Vaccination North-Western Provinces 1866-1877 - 1866-1877
Year: 1866
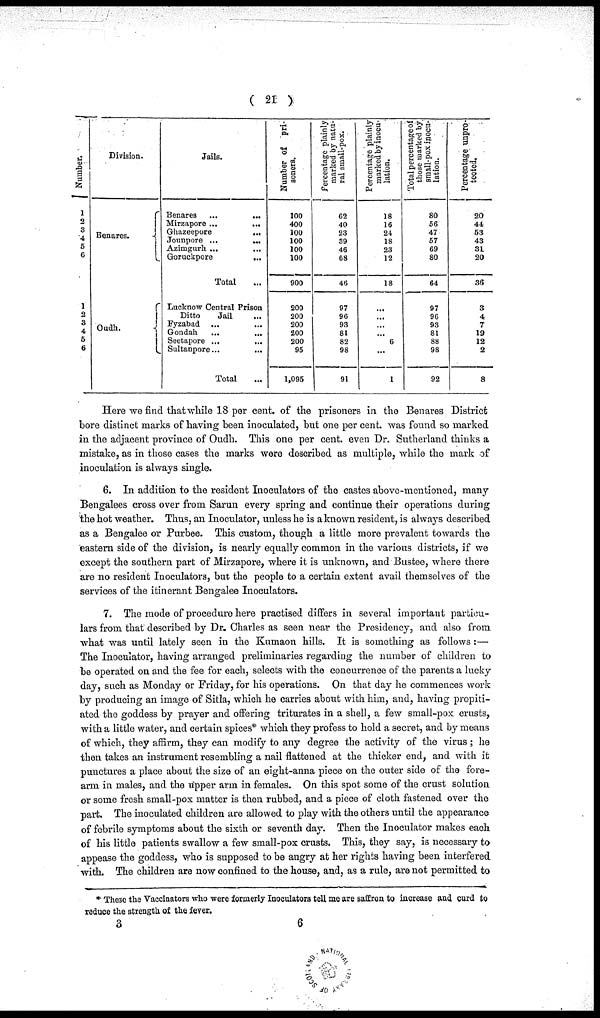
( 21 )
Number.
1
2
3
4
5
6
1
2
3
4
5
6
Division.
Benares.
Oudh.
Jails.
Benares
...
...
Mirzapore ... ...
Ghazeepore
...
Jounpore ...
...
Azimgurh ... ...
Goruckpore
...
Total ...
Lucknow Central Prison
Ditto
Jail
...
Fyzabad ...
...
Gondah ... ...
Seetapore ...
...
Sultanpore...
...
Total ...
Number of pri
soners.
100
400
100
100
100
100
900
200
200
200
200
200
95
1,095
Percentage plainly
marked by natu-
ral small-pox.
62
40
23
39
46
68
46
97
96
93
81
82
98
91
Percentage plainly
marked by inocu-
lation.
18
16
24
18
23
12
18
...
...
...
...
6
...
1
Total percentage of
those marked by
small-pox inocu-
lation.
80
56
47
57
69
80
64
97
96
93
81
88
98
92
Percentage unpro
tected.
20
44
53
43
31
20
36
3
4
7
19
12
2
8
Here we find that while 18 per cent. of the prisoners in the Benares District
bore distinct marks of having been inoculated, but one per cent. was found so marked
in the adjacent province of Oudh. This one per cent. even Dr. Sutherland thinks a
mistake, as in those cases the marks were described as multiple, while the mark of
inoculation is always single.
6. In addition to the resident Inoculators of the castes above-mentioned, many
Bengalees cross over from Sarun every spring and continue their operations during
the hot weather. Thus, an Inoculator, unless he is a known resident, is always described
as a Bengalee or Purbee. This custom, though a little more prevalent towards the
eastern side of the division, is nearly equally common in the various districts, if we
except the southern part of Mirzapore, where it is unknown, and Bustee, where there
are no resident Inoculators, but the people to a certain extent avail themselves of the
services of the itinerant Bengalee Inoculators.
7. The mode of procedure here practised differs in several important particu-
lars from that described by Dr. Charles as seen near the Presidency, and also from
what was until lately seen in the Kumaon hills. It is something as follows :—
The Inoculator, having arranged preliminaries regarding the number of children to
be operated on and the fee for each, selects with the concurrence of the parents a lucky
day, such as Monday or Friday, for his operations. On that day he commences work
by producing an image of Sitla, which he carries about with him, and, having propiti-
ated the goddess by prayer and offering triturates in a shell, a few small-pox crusts,
with a little water, and certain spices* which they profess to hold a secret, and by means
of which, they affirm, they can modify to any degree the activity of the virus ; he
then takes an instrument resembling a nail flattened at the thicker end, and with it
punctures a place about the size of an eight-anna piece on the outer side of the fore-
arm in males, and the upper arm in females. On this spot some of the crust solution
or some fresh small-pox matter is then rubbed, and a piece of cloth fastened over the
part. The inoculated children are allowed to play with the others until the appearance
of febrile symptoms about the sixth or seventh day. Then the Inoculator makes each
of his little patients swallow a few small-pox crusts. This, they say, is necessary to
appease the goddess, who is supposed to be angry at her rights having been interfered
with. The children are now confined to the house, and, as a rule, are not permitted to
* These the Vaccinators who were formerly Inoculators tell me are saffron to increase and curd to
reduce the strength of the fever.
3
6